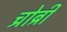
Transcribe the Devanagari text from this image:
च्रोब्री